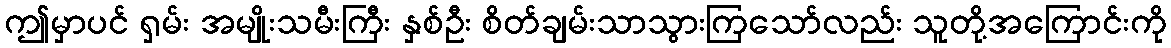
ဤမှာပင် ရှမ်း အမျိုးသမီးကြီး နှစ်ဦး စိတ်ချမ်းသာသွားကြသော်လည်း သူတို့အကြောင်းကို